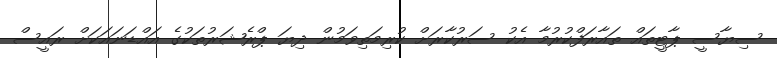
ސިޔާސީ ޕާޓީތައް ތައާރަފްކުރުމާ އެކު ސަރުކާރަށް ކުރިމަތިވަމުން ދިޔަ ޕްރެޝަރުތަކުގެ އައްޑަނައަކަށް ރައީސް